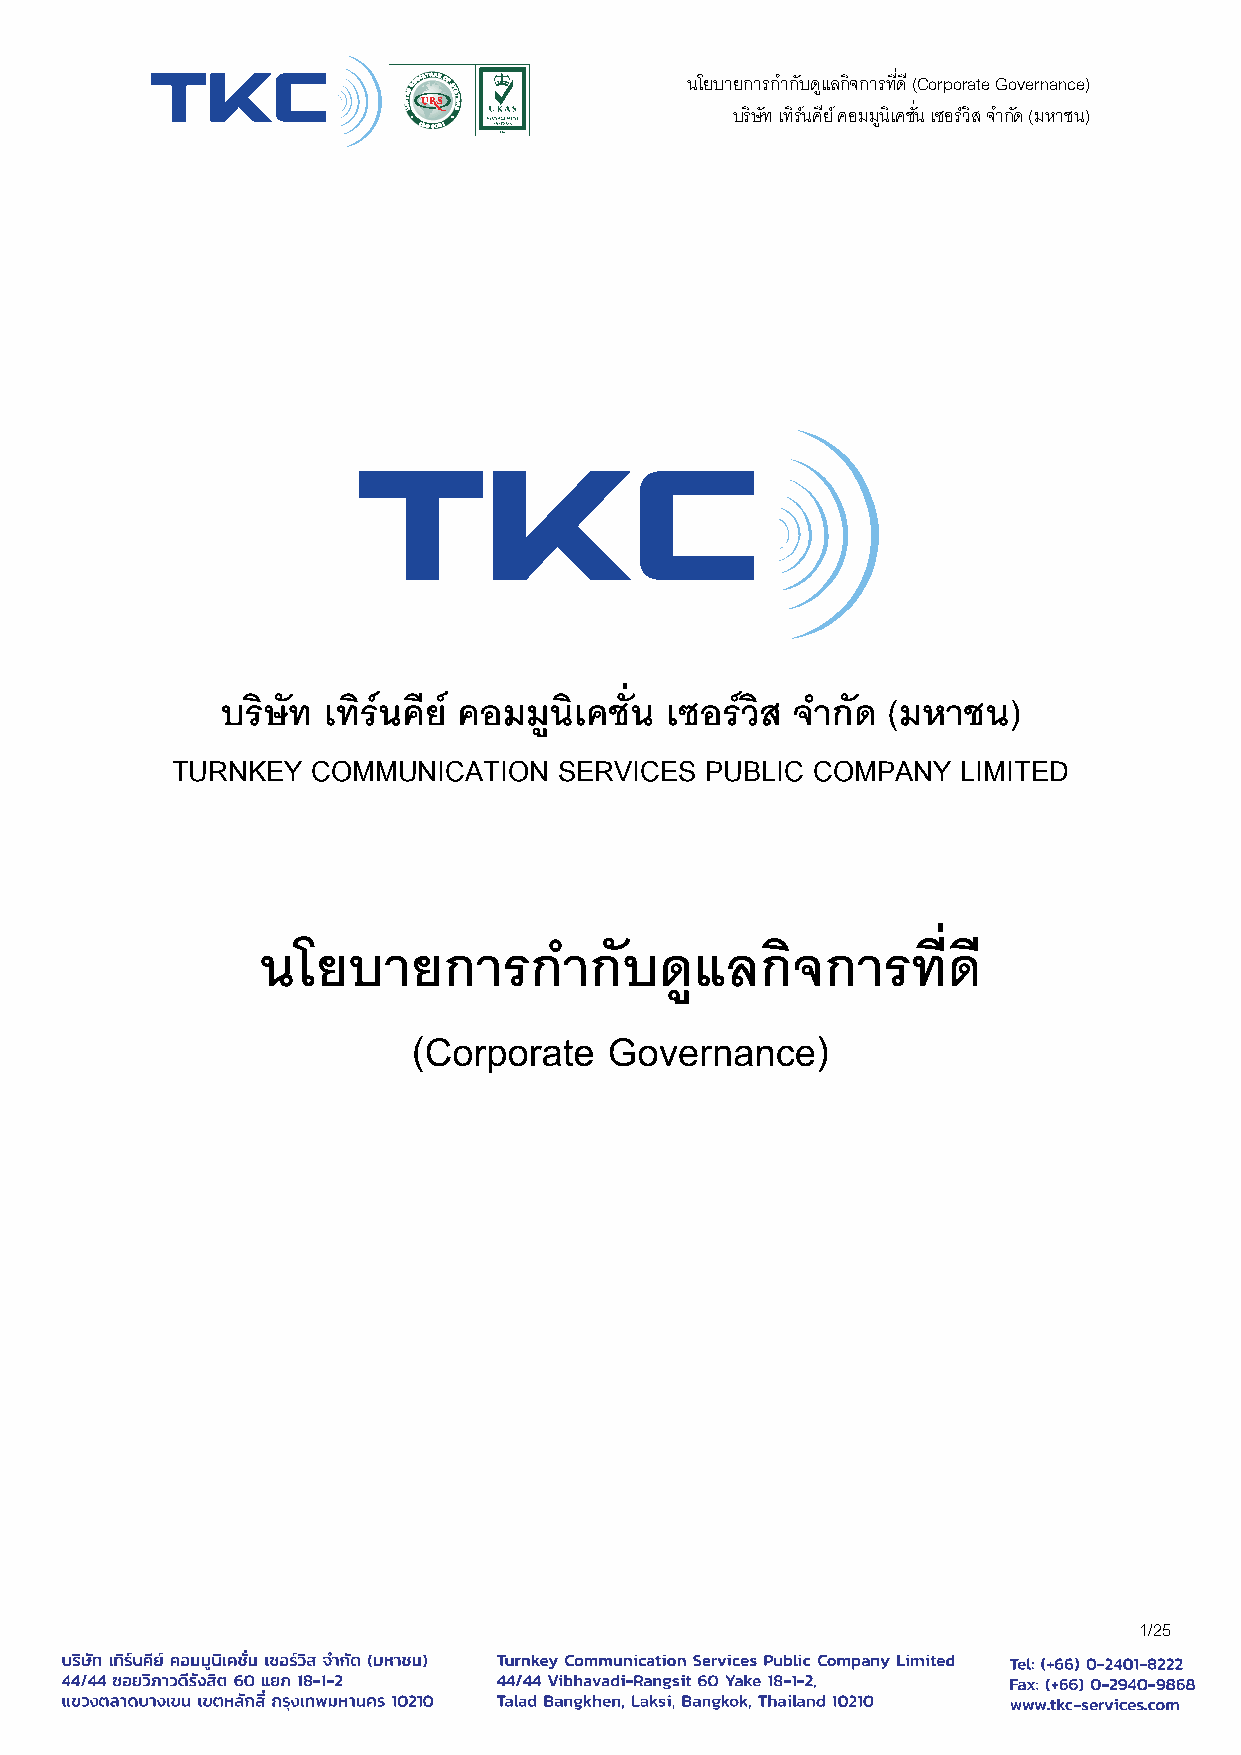
นโยบายการกาํ กบั ดแู ลกิจการที่ดี (Corporate Governance)
 บริษัท เทิรน์ คีย ์คอมมนู ิเคช่นั เซอรว์ ิส จาํ กดั (มหาชน)
 บริษัท เทริ น์ คีย ์ คอมมูนิเคช่ัน เซอรว์ ิส จาํ กัด (มหาชน)
 TURNKEY   COMMUNICATION   SERVICES  PUBLIC COMPANY   LIMITED
 นโยบายการกาํ          กับดูแลกจิ      การทดี่   ี
 (Corporate   Governance)
 1/25